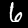
Label: 6